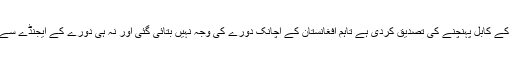
نیٹو نے اپنے سیکریٹری جنرل کے کابل پہنچنے کی تصدیق کردی ہے تاہم افغانستان کے اچانک دورے کی وجہ نہیں بتائی گئی اور نہ ہی دورے کے ایجنڈے سے متعلق کوئی وضاحت کی گئی۔